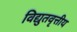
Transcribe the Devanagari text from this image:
विद्युतवृत्तीय